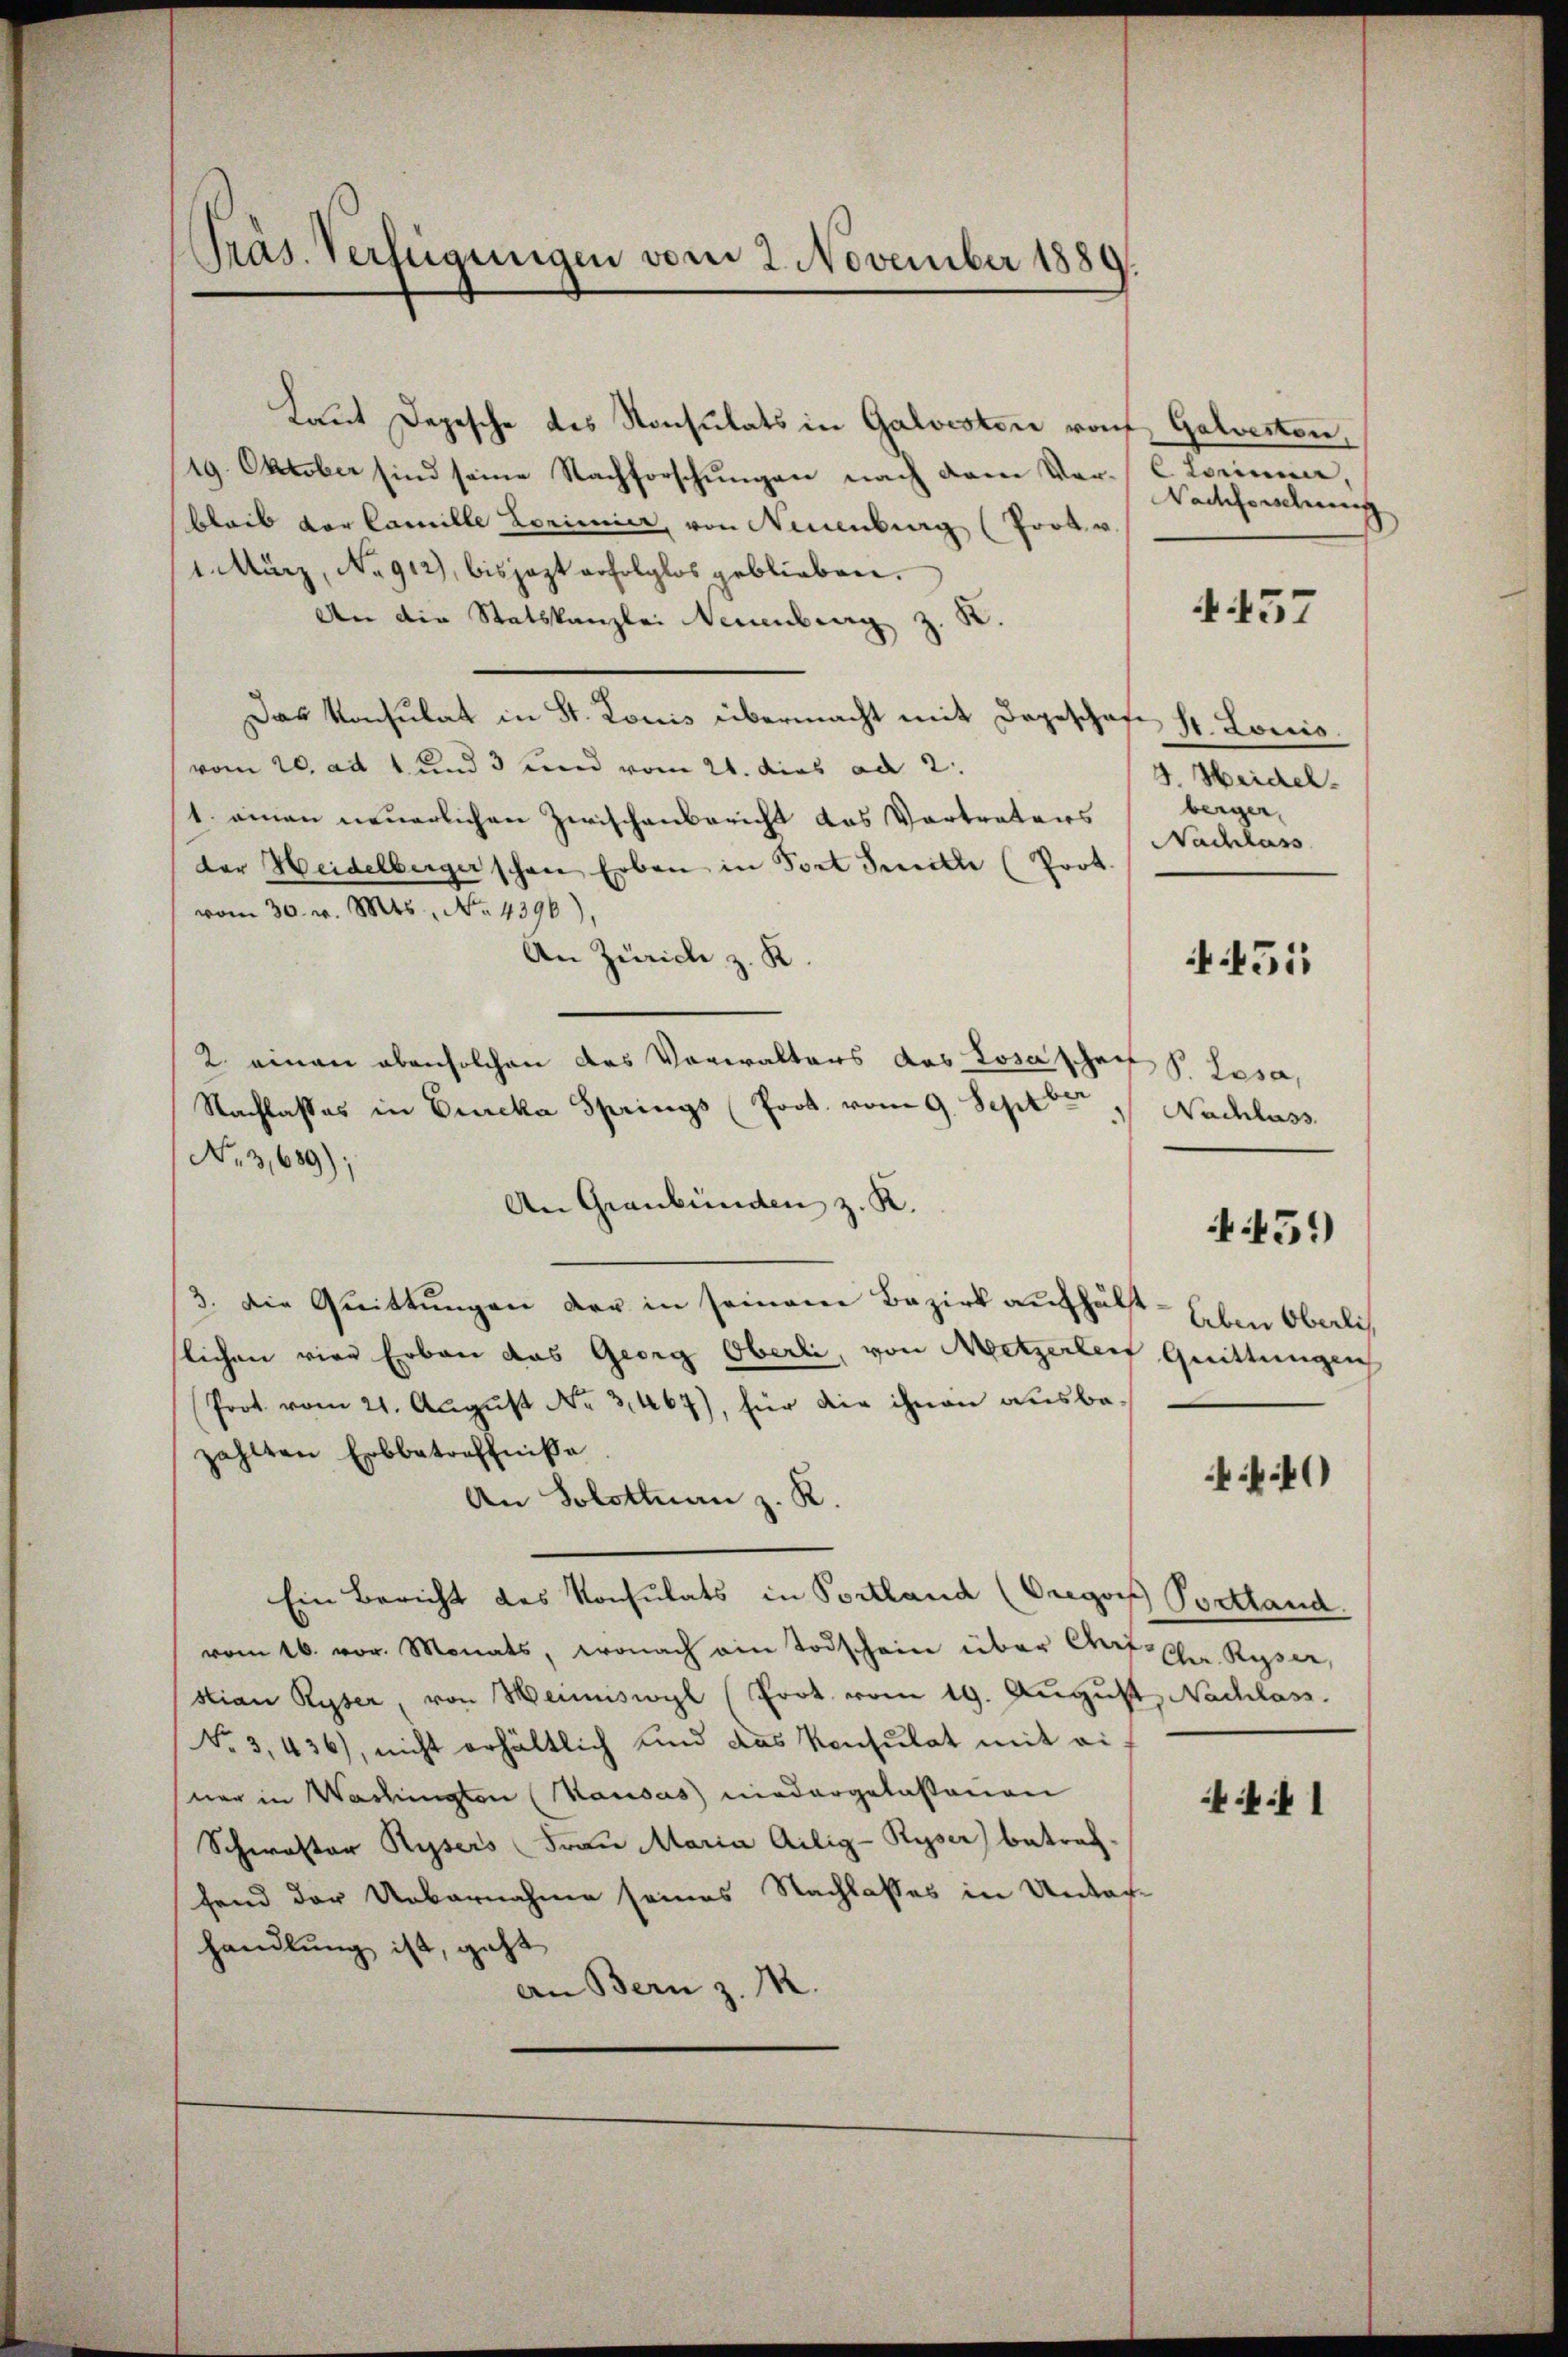
Präs. Verfügungen vom 2. November 1889.

Laut Depesche des Konsulats in Galvesten rof. Galvesten,
19. Oktober sind seine Nachforschungen nach dem Vorbleib vor Camille Lorimier, von Neuenburg (fort u.
1. März, No. 912), bisjezt erfolglos geblieben.
8.
An die Statskanzlei Neuenburg z.
Das Konsulat in St. Lonis übermacht mit Degeschaft
vom 20. ad 1. und 3 und vom 21. dies ad 2.
1. einen neuerlichen Zwischenbericht das Vertraters
der Heidelberger schon Erben in Port Smitle (Prot.
vom 30. v. 145, No. 4396),
An Zürich z. K.
2. einen aben solchen das Vorwalters des Losascheit s. Losa,
Nachlasses in Eureka Springs (Joob. vom 9. Septber
No 3,689);
An Graubünden z. R.
3. Die Quittungen der in seinem Bezirk aufhält
slichen vier Erbau das Georg Oberli, von Metzerlen Quittungen
Prot vom 21. August No 3467), für die ihnen ausbezahlten Erbbetreffniße
An Solothurn z. K.
Ein Bericht des Konsulats in Portland (Gregors Postland.
vom 16. vor. Monats, wonach ein Todschein über Auf- Chr. Ryser,
stian Ryser, von Henniswyl (Prot. vom 19. August, Nachlass.
No. 3, 436), nicht erhältlich und das Konsulat mit ei
ner in Washingten (Kausas niedergelassenen
Schwastor Rysers Frau Maria Ailig-Ryser) betref-
fend der Uebernahme seines Nachlasses in Unter
handlung ist, geht
an Bern z. M.

Lorinne,
Nachforschung

4457

S. Loris.
3. Heidel.
bergen,
Nachlass

51

Nachlass

51)

lben Oberli

40

41